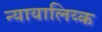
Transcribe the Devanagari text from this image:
न्यायालिय्क